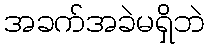
အခက်အခဲမရှိဘဲ